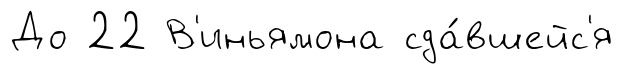
До 22 В'иньямона сда́вшейс'я